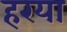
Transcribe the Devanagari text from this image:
हरया